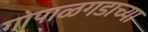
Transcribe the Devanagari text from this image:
गोपाळगडाच्या